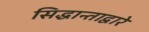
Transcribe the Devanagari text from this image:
सिद्धान्ताद्वारे